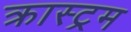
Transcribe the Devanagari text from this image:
क्रास्ट्रम